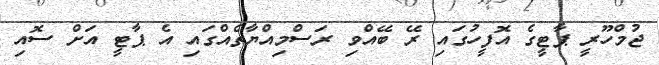
ޖުމްހޫރީ ޕާޓީގެ އޮފީހުގައި ރޭ ބޭއްވި ރަސްމިއްޔާތެއްގައި އެ ޕާޓީ އަށް ސޮއި